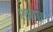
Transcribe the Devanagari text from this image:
शाब्ध